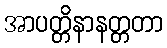
အာပတ္တိနာနတ္တတာ